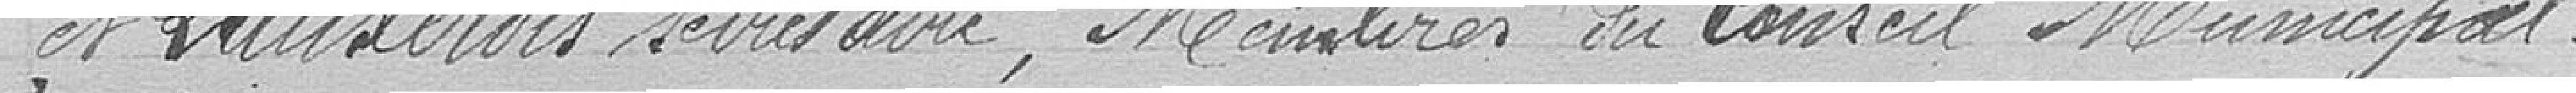
et Lauxerois secrétaire, membres du Conseil Municipal